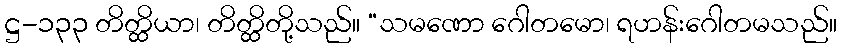
ဋ္ဌ-၁၃၃ တိတ္ထိယာ၊ တိတ္ထိတို့သည်။ “သမဏော ဂေါတမော၊ ရဟန်းဂေါတမသည်။